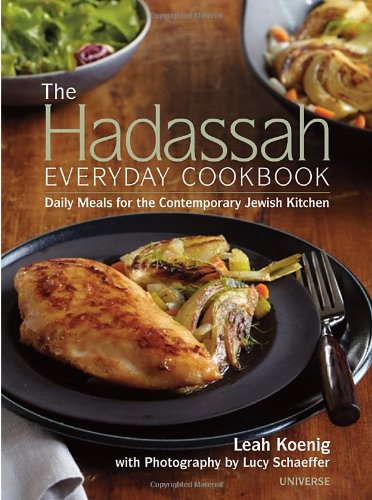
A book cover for The Hadassah Everyday Cookbook: Daily Meals for the Contemporary Jewish Kitchen; Leah Koenig; Cookbooks, Food & Wine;